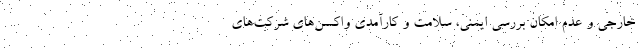
خارجی و عدم امکان بررسی ایمنی، سلامت و کارآمدی واکسن‌های شرکت‌های